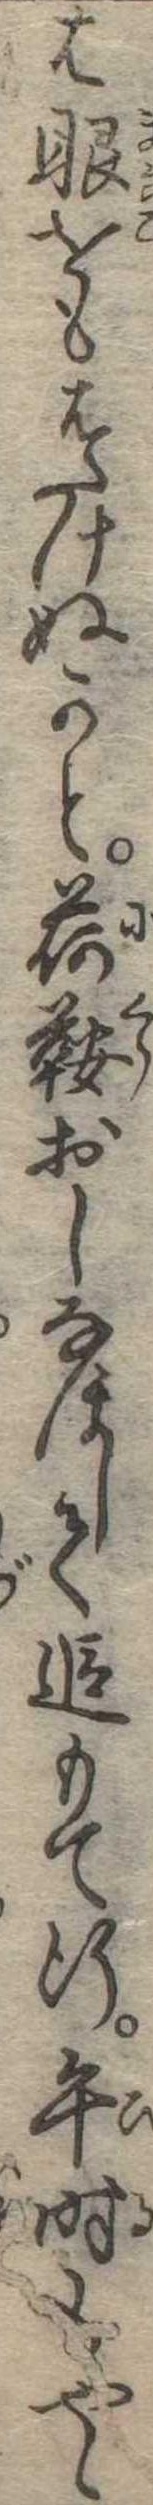
は眼をもはたけぬかと荷鞍おしなほして追もて行午時もやゝ